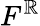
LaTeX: F^{\mathbb{R}}